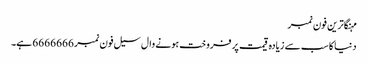
مہنگاترین فون نمبر
دنیا کا سب سے زیادہ قیمت پر فروخت ہونے وال سیل فون نمبر 6666666 ہے۔